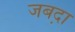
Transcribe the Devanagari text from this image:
जबद़ा